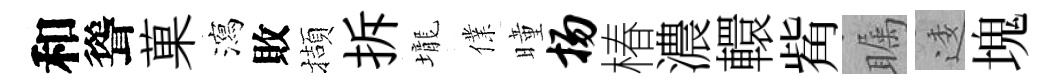
和聳菓瀉敗擷拆壠㒒曈扬椿濃轘觜瞩逶塊